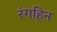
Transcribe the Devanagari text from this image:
रंगहिन